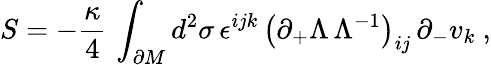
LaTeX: S=-{\frac{\kappa}{4}}\, \int_{\partial M}d^{2}\sigma\, \epsilon^{ijk}\, \left(\partial_{+}\Lambda\, \Lambda^{-1}\right)_{ij}\, \partial_{-}v_{k}\ ,